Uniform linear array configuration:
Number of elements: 24
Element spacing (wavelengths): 0.25
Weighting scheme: binomial
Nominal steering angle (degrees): -15
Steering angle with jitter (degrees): -14.176
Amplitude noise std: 0.05
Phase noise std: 0.05

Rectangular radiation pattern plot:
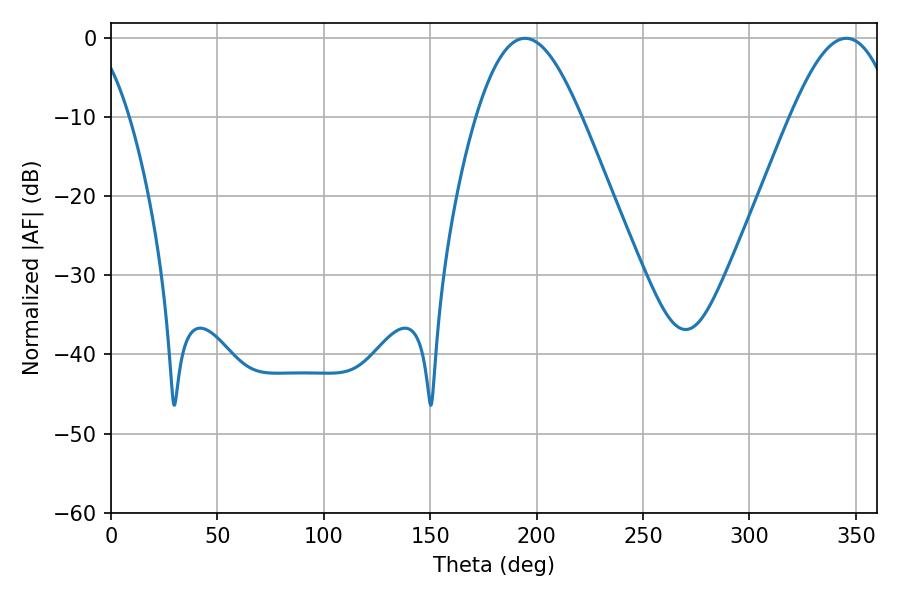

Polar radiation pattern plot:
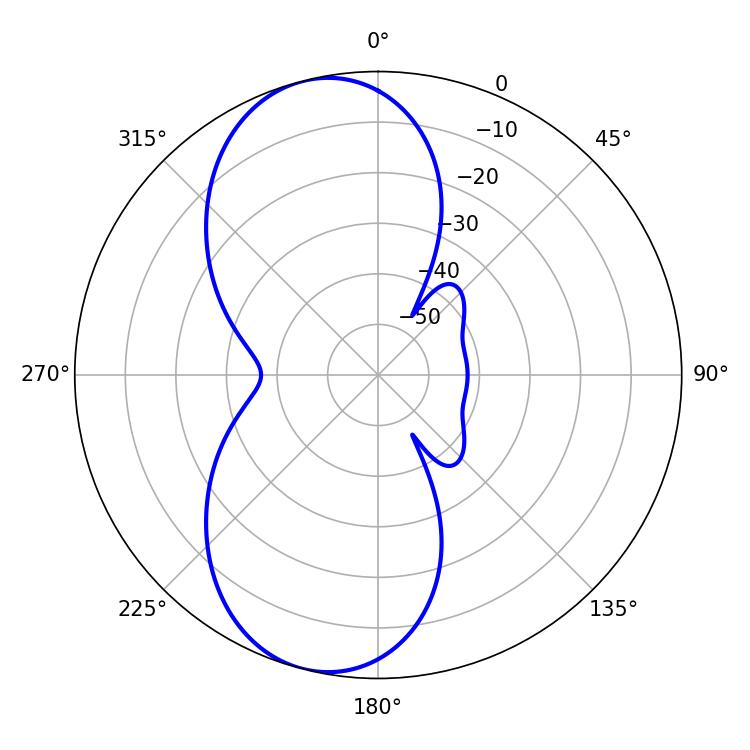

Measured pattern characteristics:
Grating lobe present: FALSE
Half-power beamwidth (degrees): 26.64
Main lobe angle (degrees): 194.58